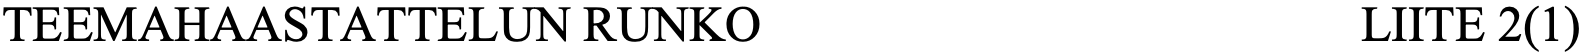
TEEMAHAASTATTELUN  RUNKO                     LIITE 2(1)